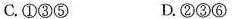
C.①③⑤ D.②③⑥